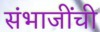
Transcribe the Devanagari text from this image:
संभाजींची